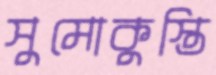
সুমোকুস্তি